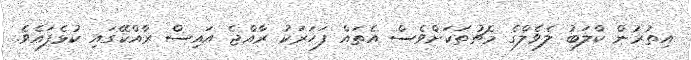
އިތުރުން ކްލަބު ލެވެލްގެ މެޗުތަކަށްވެސް އެތައް ފަހަރަކު ރާއްޖެ އައިސް ރާއްކޭގައި ކުޅެފައެވެ.